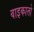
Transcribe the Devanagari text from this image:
वाइकातो